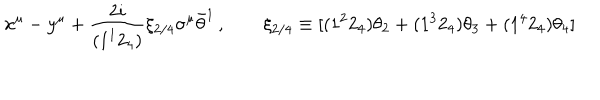
LaTeX: x ^ { \mu } - y ^ { \mu } + \frac { 2 i } { ( 1 ^ { 1 } 2 _ { 4 } ) } \xi _ { 2 / 4 } \sigma ^ { \mu } \bar { \theta } ^ { 1 } \, , \qquad \xi _ { 2 / 4 } \equiv [ ( 1 ^ { 2 } 2 _ { 4 } ) \theta _ { 2 } + ( 1 ^ { 3 } 2 _ { 4 } ) \theta _ { 3 } + ( 1 ^ { 4 } 2 _ { 4 } ) \theta _ { 4 } ]